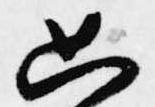
只